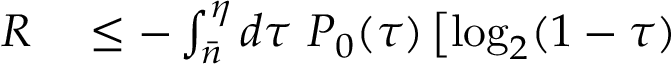
\begin{array} { r l } { R } & { { } \leq - \int _ { \bar { n } } ^ { \eta } d \tau ~ P _ { 0 } ( \tau ) \left[ \log _ { 2 } ( 1 - \tau ) \right. } \end{array}